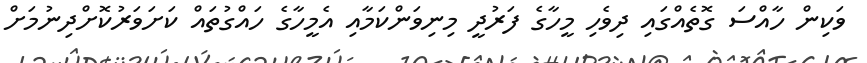
ވަކިން ހާއްސަ ގޮތެއްގައި ދިވެހި މީހާގެ ފަރުދީ މިނިވަންކަމާއި އެމީހާގެ ހައްގުތައް ކަށަވަރުކޮށްދިނުމަށް